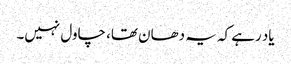
یاد رہے کہ یہ دھان تھا، چاول نہیں۔